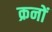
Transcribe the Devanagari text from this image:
क्रनों